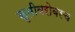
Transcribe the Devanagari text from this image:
कृतीबरोबरच